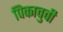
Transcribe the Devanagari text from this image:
पिकाचुची